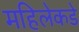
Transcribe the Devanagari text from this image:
महिलेकडे